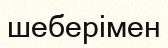
шеберімен